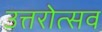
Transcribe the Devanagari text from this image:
उत्तरोत्सव